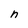
Character: n